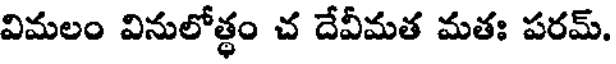
విమలం వినులోత్థం చ దేవీమత మతః పరమ్.